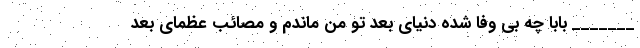
_______ بابا چه بی وفا شده دنیای بعد تو من ماندم و مصائب عظمای بعد